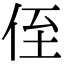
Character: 侄